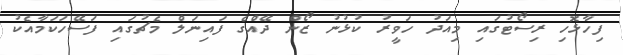
ފިހާޅޮހި ރިސޯޓުގައި މިއަދު ހަވީރު ކުޅުނު ޒޯން ދޭއްގެ ފައިނަލް މެޗުގައި ފަސޭހަކަމާއެކު